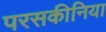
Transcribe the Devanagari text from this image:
परसकीनिया